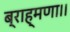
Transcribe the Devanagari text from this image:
ब्राह्मणा।।